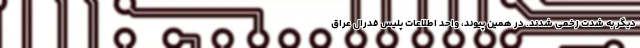
دیگر به شدت زخمی شدند. در همین پیوند، واحد اطلاعات پلیس فدرال عراق